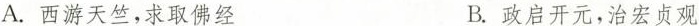
A.西游天竺，求取佛经 B.政启开元，治宏贞观